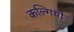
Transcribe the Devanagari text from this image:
कल्गियों